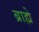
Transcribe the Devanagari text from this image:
ब्राह्मे